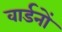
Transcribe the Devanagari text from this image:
वार्डनों